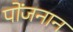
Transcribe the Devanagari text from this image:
पोंजनान